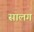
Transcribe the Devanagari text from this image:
सालग